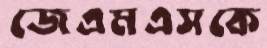
জেএমএসকে